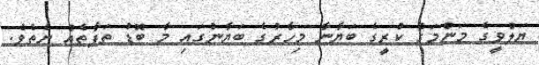
ޔަލްވީގެ މަންމަގެ ކުރީގެ ބަޔާނާ މިހާރުގެ ބަޔާނުގައި މާ ބޮޑު ތަފާތެއް ނެތެވެ.